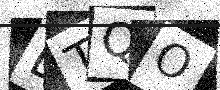
Text: BTQO